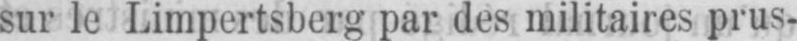
sur le Limpertsberg par des militaires prus-